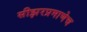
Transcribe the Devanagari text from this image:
सीझरप्रमाणेच